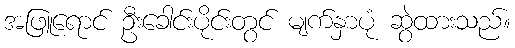
အဖြူရောင် ဦးခေါင်းပိုင်းတွင် မျက်နှာပုံ ဆွဲထားသည်။